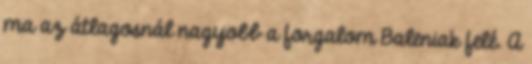
ma az átlagosnál nagyobb a forgalom Baleniak felé. A